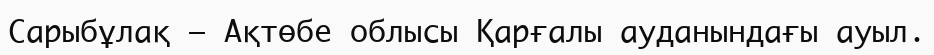
Сарыбұлақ – Ақтөбе облысы Қарғалы ауданындағы ауыл.